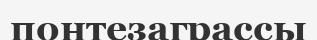
понтезаграссы